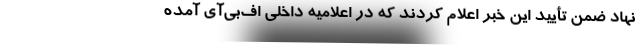
نهاد ضمن تأیید این خبر اعلام کردند که در اعلامیهٔ داخلی اف‌بی‌آی آمده